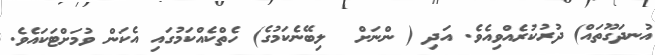
އުނދަގޫތައް) ދުރުކުރެއްވިއެވެ. އަދި ( ންނަށް  ލިބޭނެކަމުގެ) ހެތްކެއްކަމުގައި އެކަން ވުމަށްޓަކައެވެ.